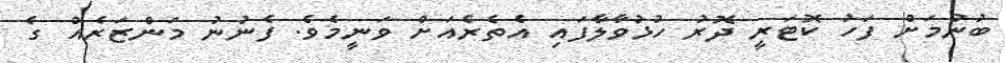
ބުނުމަށް ފަހު ކޮޓަރީ ދޮރު ހުޅުވާލާފައި އެތެރެއަށް ވަނީމެވެ. ފެނުނު މަންޒަރެއް ގެ